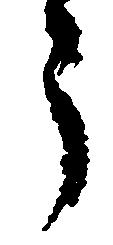
郎